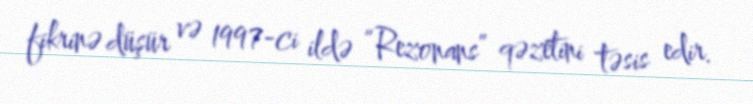
fikrinə düşür və 1997-ci ildə “Rezonans” qəzetini təsis edir.